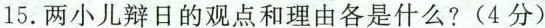
15.两小儿辩日的观点和理由各是什么?(4分)